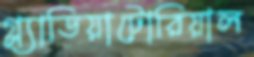
গ্ল্যাডিয়াটোরিয়াল